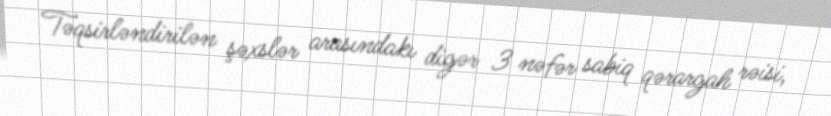
Təqsirləndirilən şəxslər arasındakı digər 3 nəfər sabiq qərargah rəisi,